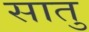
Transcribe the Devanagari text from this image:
सातु